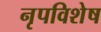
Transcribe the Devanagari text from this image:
नृपविशेष